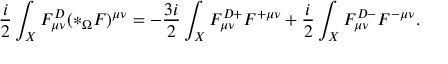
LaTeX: \frac { i } { 2 } \int _ { X } F _ { \mu \nu } ^ { D } ( * _ { \Omega } F ) ^ { \mu \nu } = - \frac { 3 i } { 2 } \int _ { X } F _ { \mu \nu } ^ { D + } F ^ { + \mu \nu } + \frac { i } { 2 } \int _ { X } F _ { \mu \nu } ^ { D - } F ^ { - \mu \nu } .